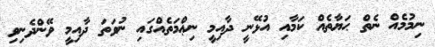
ނިމުމެއް ނެތް ޙަޔާތެއް ކަމާއި އުޅޭނީ ދާއިމީ ނިޢްމަތެއްގައި ނުވަތަ ދާއިމީ ވޭންދެނިވި